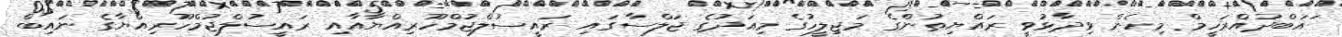
ައަބްދުއްރަހީމް މިހެން ވިދާޅުވީ ރައްޔިތުންގެ މަޖިލީހުގެ މިއަދުގެ ޖަލްސާގައި ރައީސުލްޖުމްހޫރިއްޔާއާއި ރައީސުލްޖުމްހޫރިއްޔާގެ ނައިބް